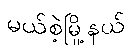
မယ်စဲ့မြို့နယ်